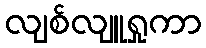
လျစ်လျူရှုကာ